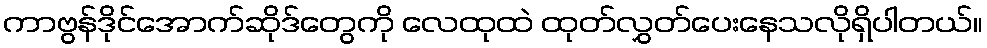
ကာဗွန်ဒိုင်အောက်ဆိုဒ်တွေကို လေထုထဲ ထုတ်လွှတ်ပေးနေသလိုရှိပါတယ်။